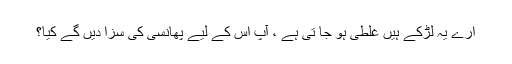
ارے یہ لڑکے ہیں غلطی ہو جا تی ہے ، آپ اس کے لیے پھانسی کی سزا دیں گے کیا؟